DOW-UAP-D62, Mission Report, Strait of Hormuz, September 2020
Agency: Department of War
Incident date: 9/16/20
Incident location: Strait of Hormuz
Page 2
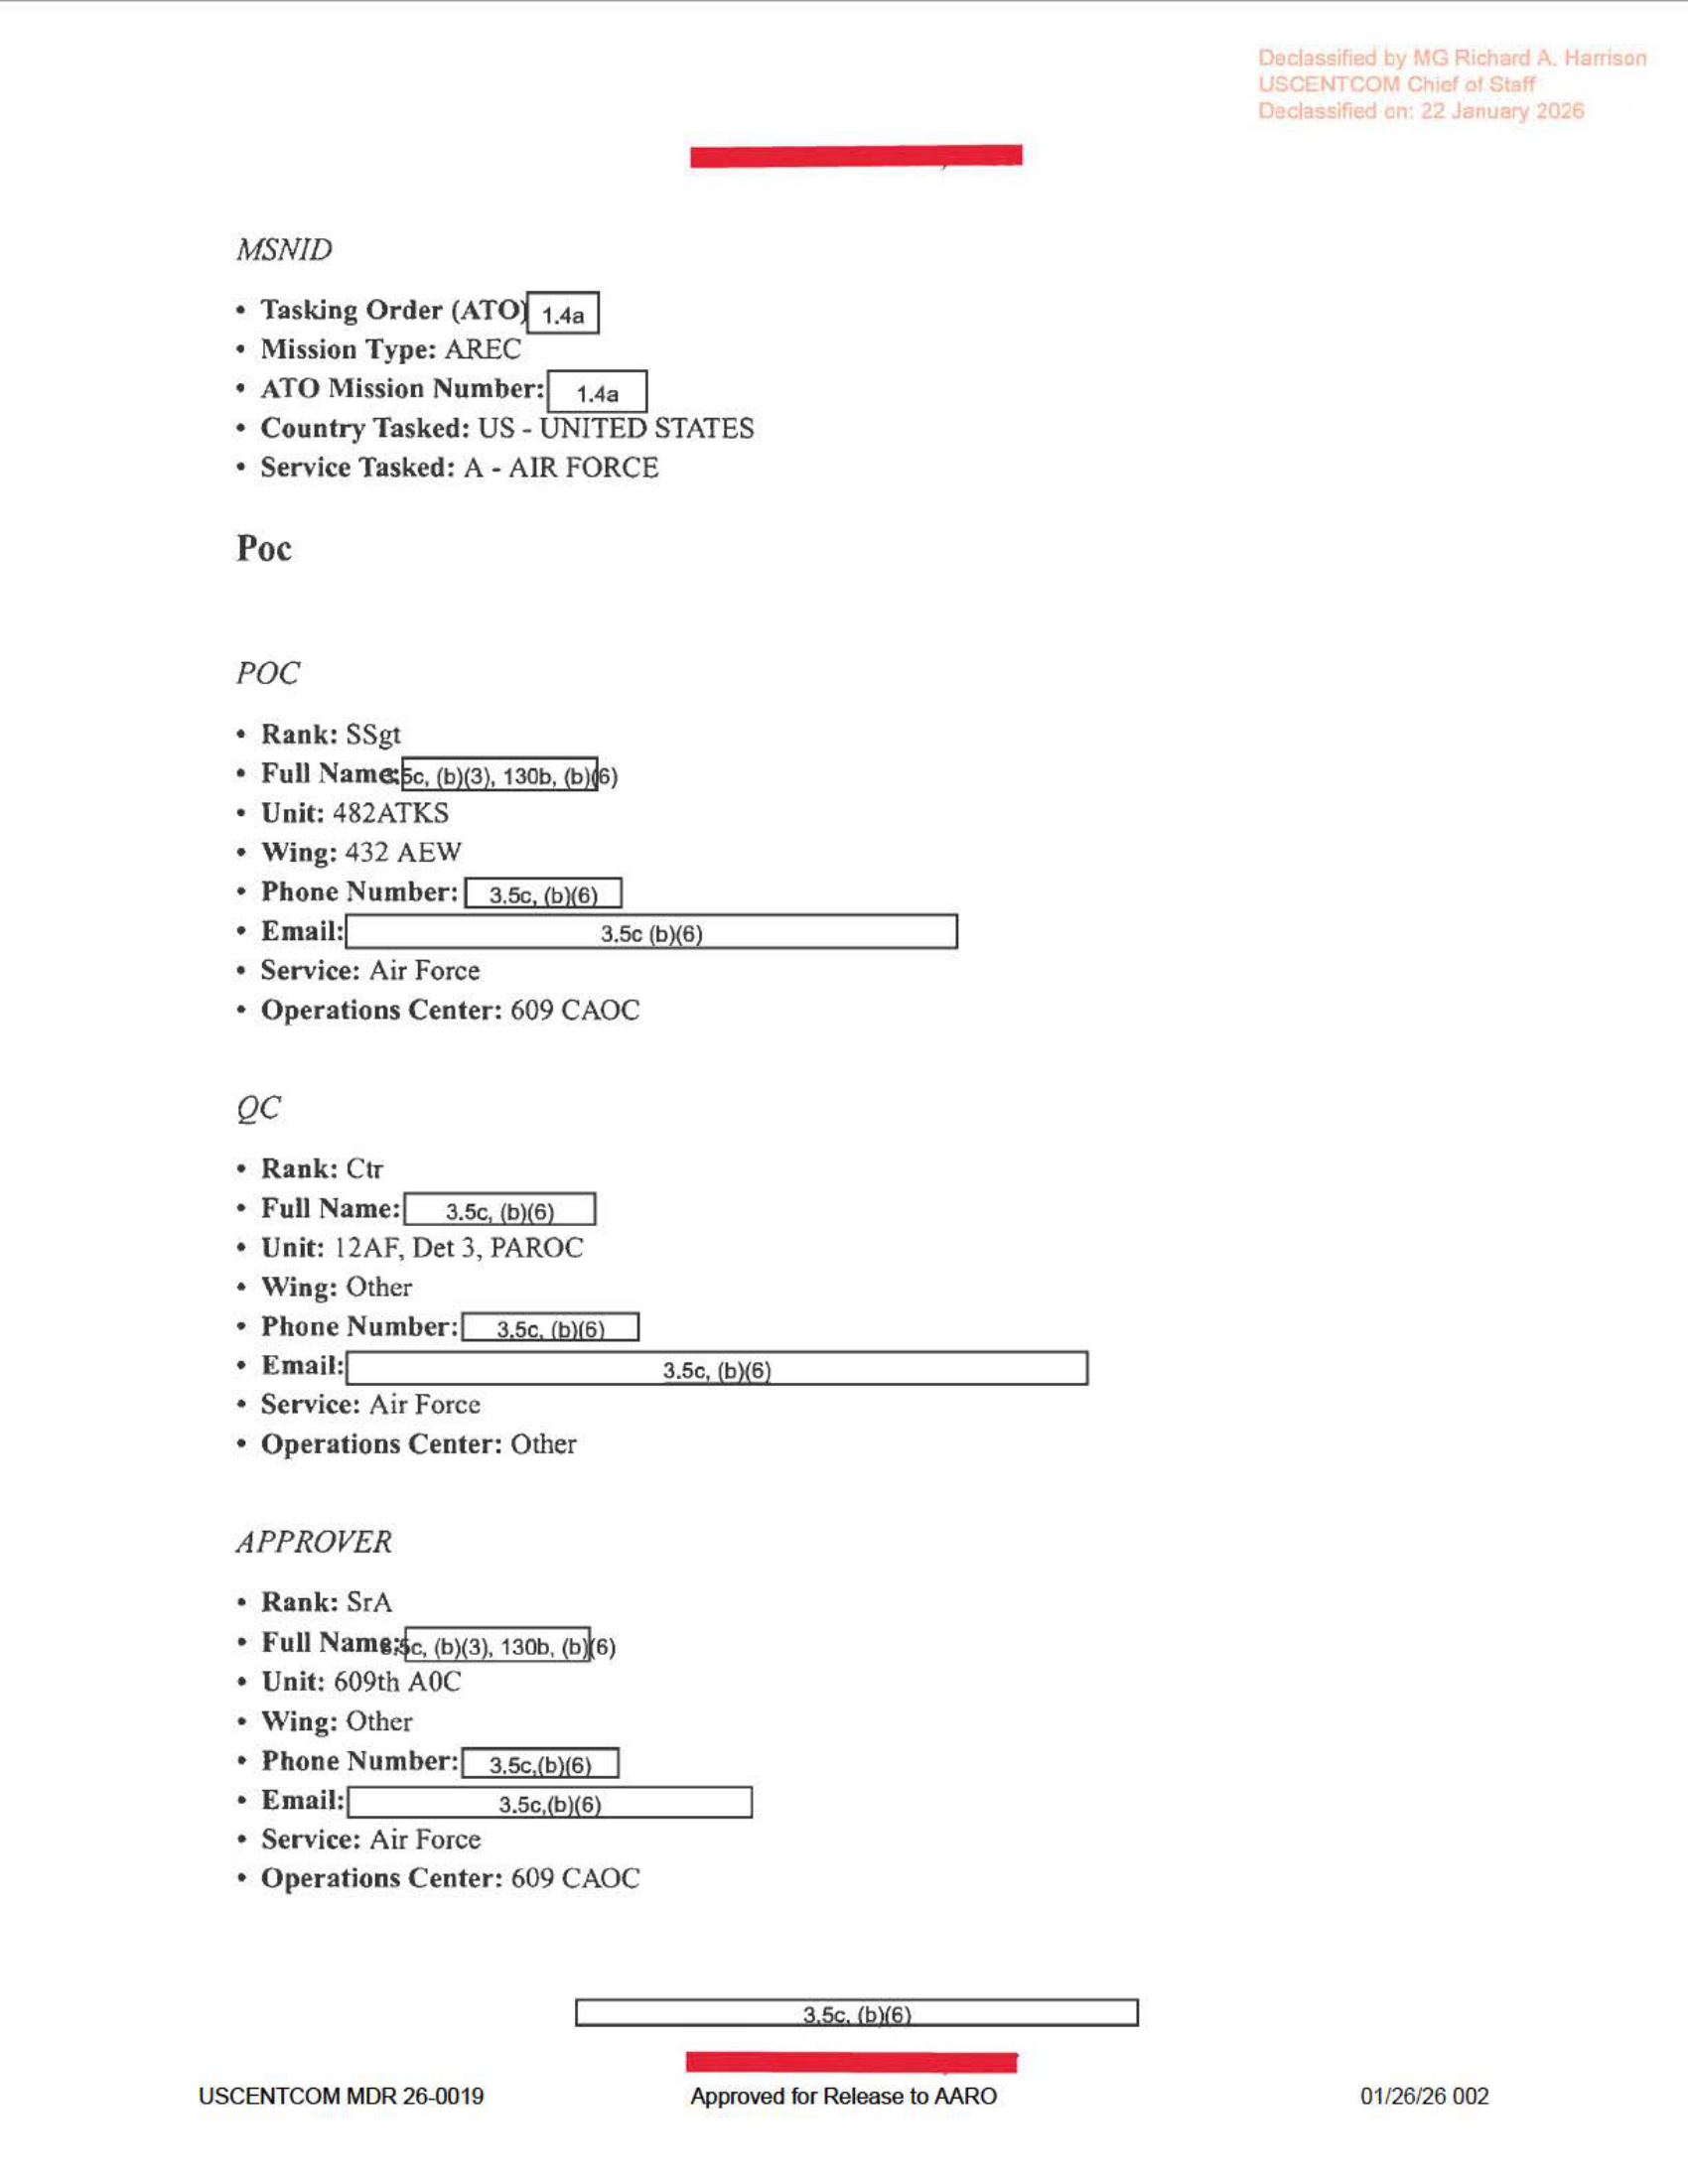